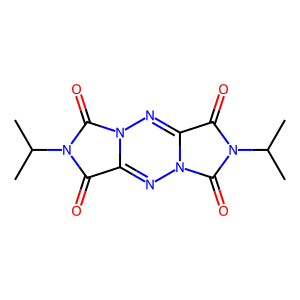
SMILES: CC(C)n1c(=O)c2nn3c(=O)n(C(C)C)c(=O)c3nn2c1=O
Inhibits HIV replication: No